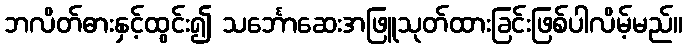
ဘလိတ်ဓားနှင့်ထွင်း၍ သင်္ဘောဆေးအဖြူသုတ်ထားခြင်းဖြစ်ပါလိမ့်မည်။